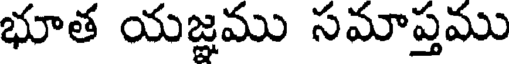
భూత యజ్ఞము సమాప్తము